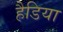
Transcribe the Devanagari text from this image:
हैडिया